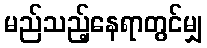
မည်သည့်နေရာတွင်မျှ